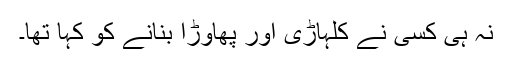
نہ ہی کسی نے کلہاڑی اور پھاوڑا بنانے کو کہا تھا۔